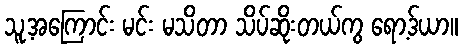
သူ့အကြောင်း မင်း မသိတာ သိပ်ဆိုးတယ်ကွ ရော့ဒ်ယာ။